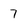
Character: 7